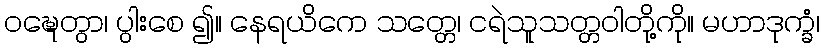
ဝဍ္ဎေတွာ၊ ပွါးစေ ၍။ နေရယိကေ သတ္တေ၊ ငရဲသူသတ္တဝါတို့ကို။ မဟာဒုက္ခံ၊